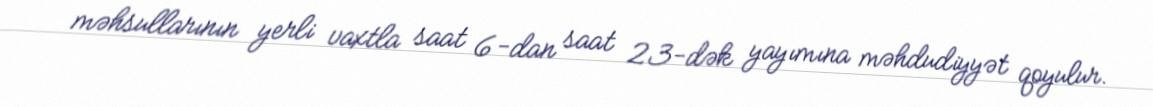
məhsullarının yerli vaxtla saat 6-dan saat 23-dək yayımına məhdudiyyət qoyulur.